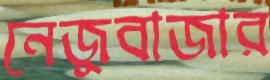
নেজুবাজার